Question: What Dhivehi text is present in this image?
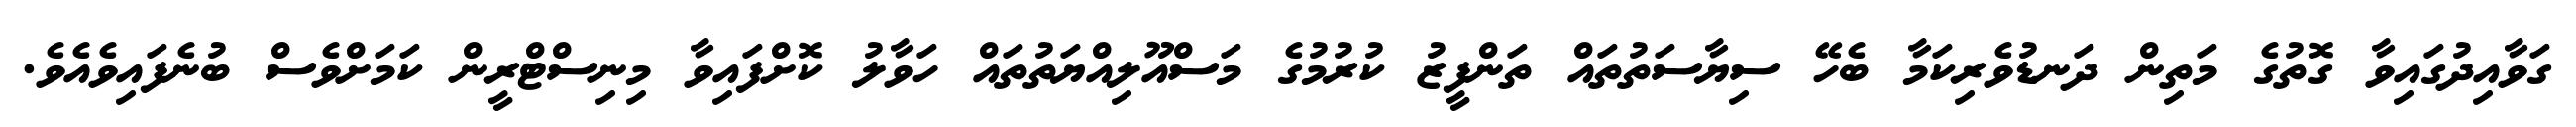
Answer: ގަވާއިދުގައިވާ ގޮތުގެ މަތިން ދަނޑުވެރިކަމާ ބެހޭ ސިޔާސަތުތައް ތަންފީޒު ކުރުމުގެ މަސްއޫލިއްޔަތުތައް ހަވާލު ކޮށްފައިވާ މިނިސްޓްރީން ކަމަށްވެސް ބުނެފައިވެއެވެ.